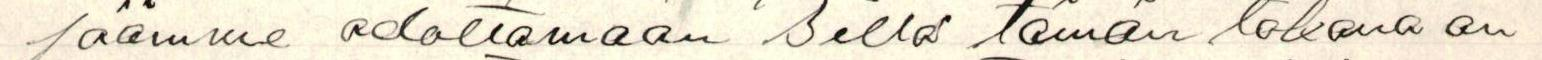
jäämme odottamaan sillä tämän takana on